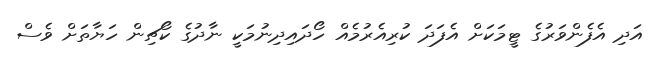
އަދި އެފެންވަރުގެ ޓީމަކަށް އެފަދަ ކުރިއެރުމެއް ހޯދައިދިނުމަކީ ނާދުގެ ކޯޗިން ހަޔާތަށް ވެސް